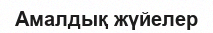
Амалдық жүйелер